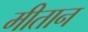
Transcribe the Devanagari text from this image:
मीतान